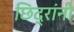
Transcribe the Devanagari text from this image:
छिद्रांनी